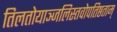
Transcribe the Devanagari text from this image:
तिलतोयाञ्जलिस्तवोपतिष्ठताम्